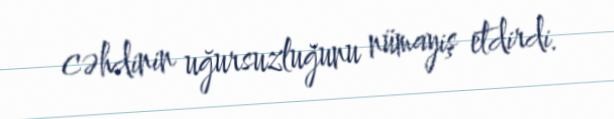
cəhdinin uğursuzluğunu nümayiş etdirdi.